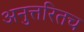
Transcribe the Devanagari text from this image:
अनुत्तरितच